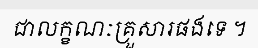
ជាលក្ខណៈគ្រួសារផងទេ ។